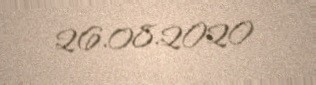
26.08.2020